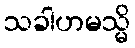
သခါဟမသ္မိ